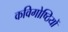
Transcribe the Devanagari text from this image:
कविगोष्ठियों